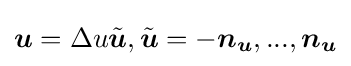
{\boldsymbol {u}}=\Delta u{\tilde {\boldsymbol {u}}},{\tilde {\boldsymbol {u}}}=-{\boldsymbol {n}}_{\boldsymbol {u}},...,{\boldsymbol {n}}_{\boldsymbol {u}}